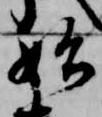
始